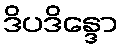
ဒိပဒိန္ဒော